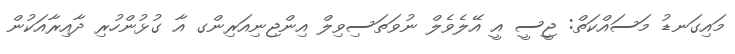
މައިގަނޑު މަސައްކަތް: ޖީސީ އީ އޭލެވެލް ނުވަތަސިވިލް އިންޖިނިއަރިންގ އާ ގުޅުންހުރި ދާއިރާއަކުން